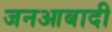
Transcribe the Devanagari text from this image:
जनआबादी